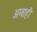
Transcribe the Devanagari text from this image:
अग्वाही